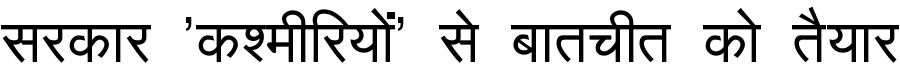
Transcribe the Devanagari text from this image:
सरकार 'कश्मीरियों' से बातचीत को तैयार